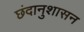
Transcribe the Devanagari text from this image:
छंदानुशासन